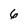
Character: 6